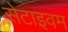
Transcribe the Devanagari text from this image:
सेटाइवम